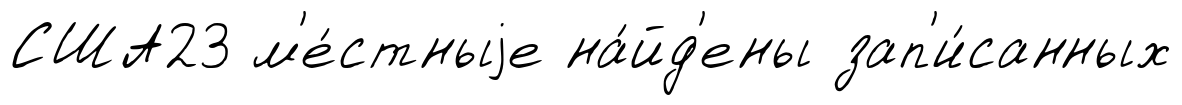
США23 м'е́стныjе на́йд'ены зап'и́санных